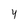
Character: 4